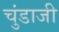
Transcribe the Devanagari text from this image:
चुंडाजी